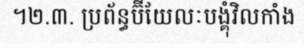
។២.៣. ប្រព័ន្ធប៊ីយែលៈបង្គុំវិលកាំង